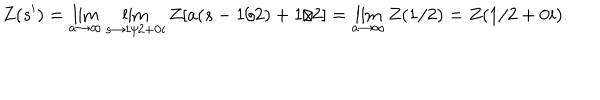
Z ( s ^ { \prime } ) = \lim _ { a \to \infty } \lim _ { s \to 1 / 2 + 0 i } Z [ a ( s - 1 / 2 ) + 1 / 2 ] = \lim _ { a \to \infty } Z ( 1 / 2 ) = Z ( 1 / 2 + 0 i ) .